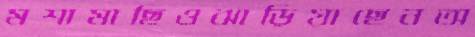
মশামাছিওঝাড়িয়াছেনঅ